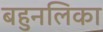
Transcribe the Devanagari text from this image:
बहुनलिका